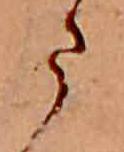
ま